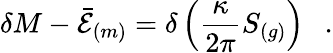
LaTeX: \delta M-\bar{\cal E}_{(m)}=\delta\left({\frac{\kappa}{2\pi}}S_{(g)}\right)~~~.